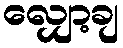
လျှော့ချ